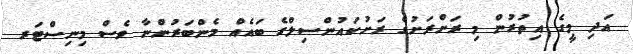
އަދި މީގެ އިތުރުން މި ރަށްރަށުގެ ރަށުކައުންސިލްގެ ބައެއް މެންބަރުންނާ ވެސް މިނިސްޓަރ